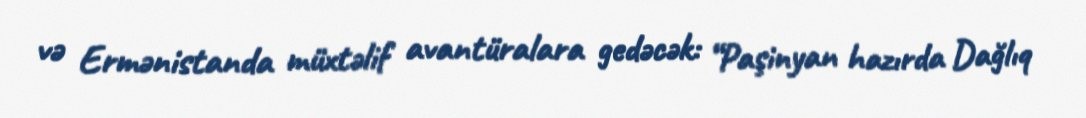
və Ermənistanda müxtəlif avantüralara gedəcək: “Paşinyan hazırda Dağlıq